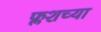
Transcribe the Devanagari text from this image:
फ्लशच्या